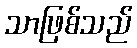
သာဖြစ်သည်